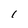
Character: I